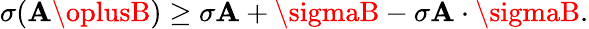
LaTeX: \sigma(\mathbf{A}\oplusB)\geq\sigma\mathbf{A}+\sigmaB-\sigma\mathbf{A}\cdot\sigmaB.